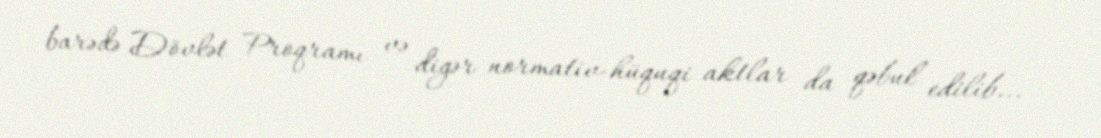
barədə Dövlət Proqramı və digər normativ-hüquqi aktlar da qəbul edilib... -